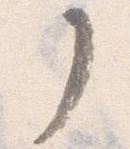
了